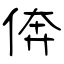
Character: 倴